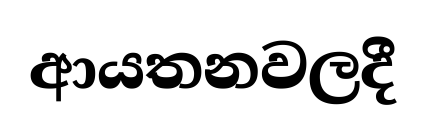
ආයතනවලදී